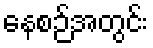
နေစဉ်အတွင်း